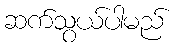
ဆက်သွယ်ပါမည်